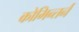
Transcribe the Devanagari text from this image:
कोमिन्तर्न